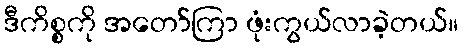
ဒီကိစ္စကို အတော်ကြာ ဖုံးကွယ်လာခဲ့တယ်။